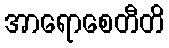
အာရောစေတီတိ